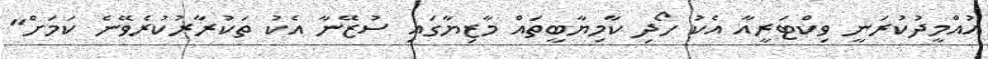
އުއްމީދުކުރަނީ ވިކްޓަރީއާ އެކު ހޯދި ކާމިޔާބީތައް މާޒިޔާގައި ސުޒޭނާ އެކު ތަކުރާރުކުރެވޭނެ ކަމަށް"